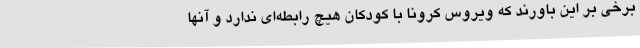
برخی بر این باورند که ویروس کرونا با کودکان هیچ رابطه‌ای ندارد و آنها